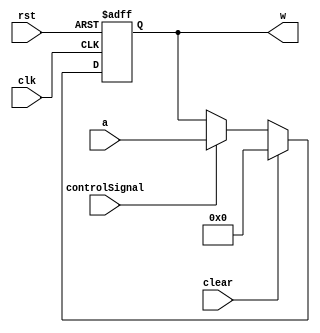
module RegisterWithClear(clk, rst, controlSignal, clear, a, w);
  input [31:0] a;
  input clk, rst, controlSignal, clear;
  output reg [31:0] w;

  always @(posedge clk, posedge rst)
  begin
    if(rst == 1'b1)
      w <= 32'b0;
    else if(clear == 1'b1)
      w <= 32'b0;
    else if(controlSignal == 1'b1)
      w <= a;
  end
endmodule